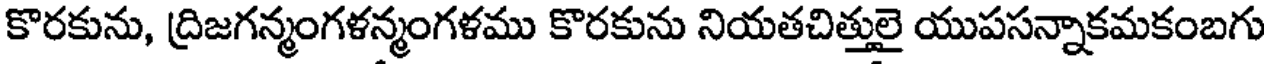
కొరకును, ద్రిజగన్మంగళన్మంగళము కొరకును నియతచిత్తులై యుపసన్నాకమకంబగు